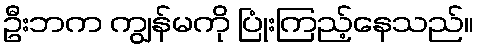
ဦးဘက ကျွန်မကို ပြုံးကြည့်နေသည်။